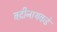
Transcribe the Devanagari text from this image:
बद्रीनाथकडे